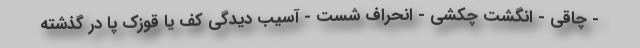
- چاقی - انگشت چکشی - انحراف شست - آسیب دیدگی کف یا قوزک پا در گذشته